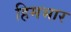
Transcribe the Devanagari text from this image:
हिमभार